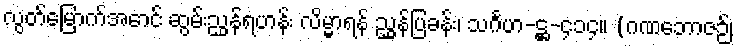
လွတ်မြောက်အောင် ဆွမ်းညွှန်ရဟန်း လိမ္မာရန် ညွှန်ပြခန်း၊ သင်္ဂဟ-ဋ္ဌ-၄၁၄။ (ဂဏဘောဇဉ်၊